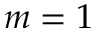
m = 1